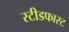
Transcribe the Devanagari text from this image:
स्टीडफास्ट